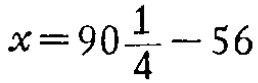
$x = 90\frac{1}{4}-56$